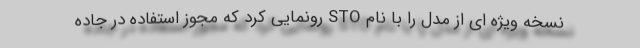
نسخه ویژه ای از مدل را با نام STO رونمایی کرد که مجوز استفاده در جاده